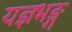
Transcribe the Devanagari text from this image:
यज्ञभङ्ग